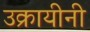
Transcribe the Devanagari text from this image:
उक्रायीनी